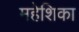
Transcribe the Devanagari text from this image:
महेशिका